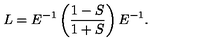
L = E ^ { - 1 } \left( \frac { 1 - S } { 1 + S } \right) E ^ { - 1 } .